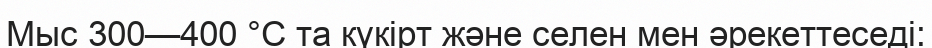
Мыс 300—400 °C та күкірт және селен мен әрекеттеседі: